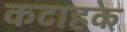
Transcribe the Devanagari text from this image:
कटाहक